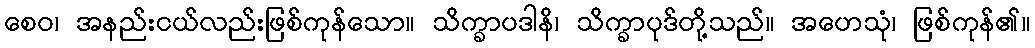
စေဝ၊ အနည်းငယ်လည်းဖြစ်ကုန်သော။ သိက္ခာပဒါနိ၊ သိက္ခာပုဒ်တို့သည်။ အဟေသုံ၊ ဖြစ်ကုန်၏။